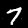
Digit: 7